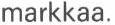
markkaa.